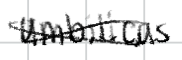
Text: umbilicus
Cross-out: cross
Writing tool: digital_black